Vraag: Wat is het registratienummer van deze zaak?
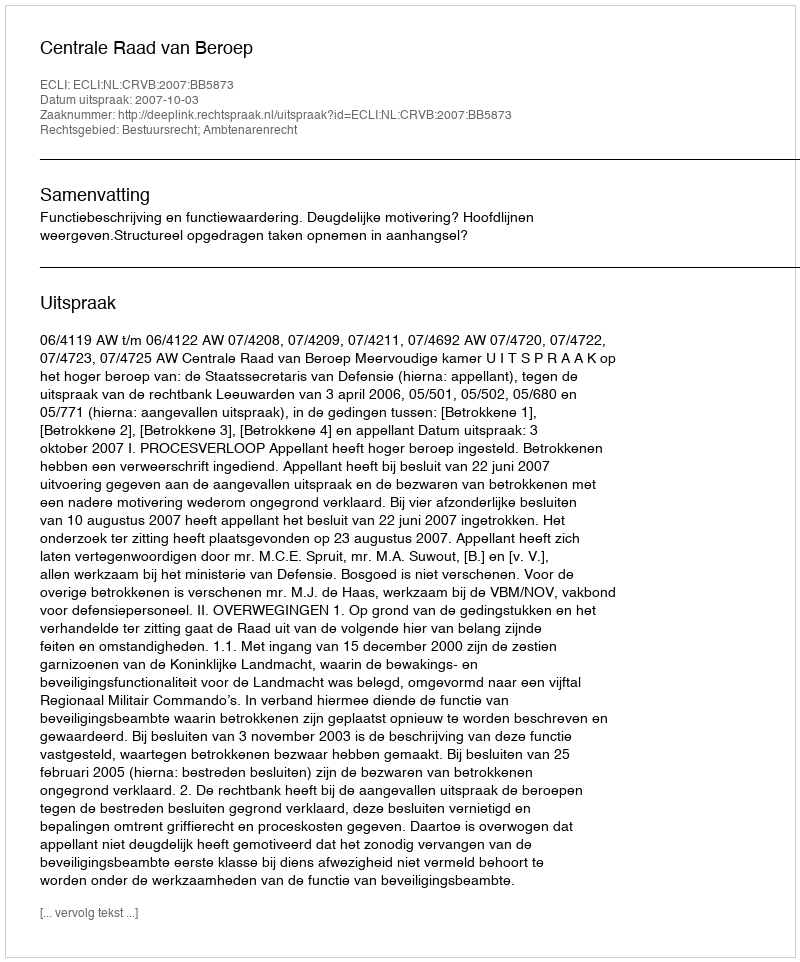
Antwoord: http://deeplink.rechtspraak.nl/uitspraak?id=ECLI:NL:CRVB:2007:BB5873